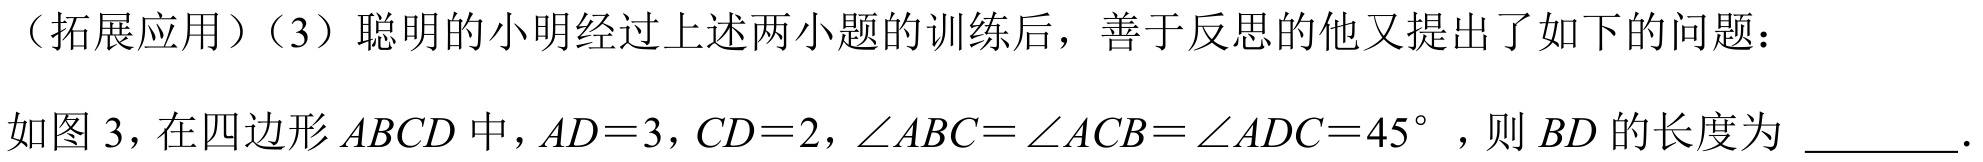
（拓展应用）（3）聪明的小明经过上述两小题的训练后，善于反思的他又提出了如下的问题：
如图 3，在四边形 \(ABCD\) 中，\(AD = 3\)，\(CD = 2\)，\(\angle ABC=\angle ACB=\angle ADC = 45^{\circ}\)，则 \(BD\)的长度为 \underline{\qquad}.